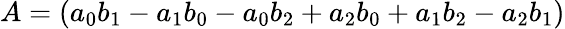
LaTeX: A=(a_{0}b_{1}-a_{1}b_{0}-a_{0}b_{2}+a_{2}b_{0}+a_{1}b_{2}-a_{2}b_{1})